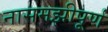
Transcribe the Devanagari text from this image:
नासमझीपूर्ण